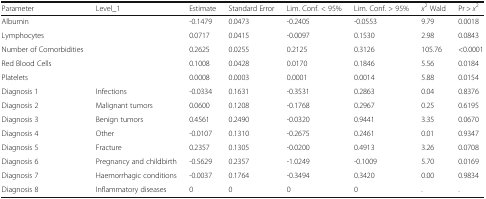
| Parameter | Level_1 | Estimate | Standard Error | Lim. Conf. < 95% | Lim. Conf. > 95% | x2 Wald | Pr > x2 |
 | --- | --- | --- | --- | --- | --- | --- | --- |
 | Albumin |  | -0.1479 | 0.0473 | -0.2405 | -0.0553 | 9.79 | 0.0018 |
 | Lymphocytes |  | 0.0717 | 0.0415 | -0.0097 | 0.1530 | 2.98 | 0.0843 |
 | Number of Comorbidities |  | 0.2625 | 0.0255 | 0.2125 | 0.3126 | 105.76 | <0.0001 |
 | Red Blood Cells |  | 0.1008 | 0.0428 | 0.0170 | 0.1846 | 5.56 | 0.0184 |
 | Platelets |  | 0.0008 | 0.0003 | 0.0001 | 0.0014 | 5.88 | 0.0154 |
 | Diagnosis 1 | Infections | -0.0334 | 0.1631 | -0.3531 | 0.2863 | 0.04 | 0.8376 |
 | Diagnosis 2 | Malignant tumors | 0.0600 | 0.1208 | -0.1768 | 0.2967 | 0.25 | 0.6195 |
 | Diagnosis 3 | Benign tumors | 0.4561 | 0.2490 | -0.0320 | 0.9441 | 3.35 | 0.0670 |
 | Diagnosis 4 | Other | -0.0107 | 0.1310 | -0.2675 | 0.2461 | 0.01 | 0.9347 |
 | Diagnosis 5 | Fracture | 0.2357 | 0.1305 | -0.0200 | 0.4913 | 3.26 | 0.0708 |
 | Diagnosis 6 | Pregnancy and childbirth | -0.5629 | 0.2357 | -1.0249 | -0.1009 | 5.70 | 0.0169 |
 | Diagnosis 7 | Haemorrhagic conditions | -0.0037 | 0.1764 | -0.3494 | 0.3420 | 0.00 | 0.9834 |
 | Diagnosis 8 | Inflammatory diseases | 0 | 0 | 0 | 0 | . | . |